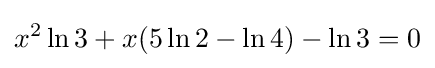
x^{2}\ln 3+x(5\ln 2-\ln 4)-\ln 3=0